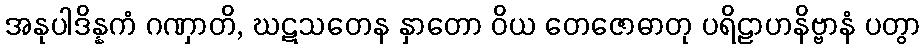
အနုပါဒိန္နကံ ဂဏှာတိ, ဃဋသတေန နှာတော ဝိယ တေဇောဓာတု ပရိဠာဟနိဗ္ဗာနံ ပတွာ